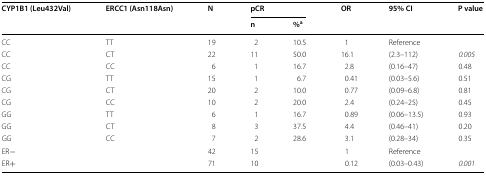
<table><thead><tr><td rowspan="2"><b>CYP1B1 (Leu432Val)</b></td><td rowspan="2"><b>ERCC1 (Asn118Asn)</b></td><td rowspan="2"><b>N</b></td><td colspan="2"><b>pCR</b></td><td rowspan="2"><b>OR</b></td><td rowspan="2"><b>95% CI</b></td><td rowspan="2"><b>P value</b></td></tr><tr><td><b>n</b></td><td><b>%<sup>a</sup></b></td></tr></thead><tbody><tr><td>CC</td><td>TT</td><td>19</td><td>2</td><td>10.5</td><td>1</td><td>Reference</td><td></td></tr><tr><td>CC</td><td>CT</td><td>22</td><td>11</td><td>50.0</td><td>16.1</td><td>(2.3–112)</td><td><i>0.005</i></td></tr><tr><td>CC</td><td>CC</td><td>6</td><td>1</td><td>16.7</td><td>2.8</td><td>(0.16–47)</td><td>0.48</td></tr><tr><td>CG</td><td>TT</td><td>15</td><td>1</td><td>6.7</td><td>0.41</td><td>(0.03–5.6)</td><td>0.51</td></tr><tr><td>CG</td><td>CT</td><td>20</td><td>2</td><td>10.0</td><td>0.77</td><td>(0.09–6.8)</td><td>0.81</td></tr><tr><td>CG</td><td>CC</td><td>10</td><td>2</td><td>20.0</td><td>2.4</td><td>(0.24–25)</td><td>0.45</td></tr><tr><td>GG</td><td>TT</td><td>6</td><td>1</td><td>16.7</td><td>0.89</td><td>(0.06–13.5)</td><td>0.93</td></tr><tr><td>GG</td><td>CT</td><td>8</td><td>3</td><td>37.5</td><td>4.4</td><td>(0.46–41)</td><td>0.20</td></tr><tr><td>GG</td><td>CC</td><td>7</td><td>2</td><td>28.6</td><td>3.1</td><td>(0.28–34)</td><td>0.35</td></tr><tr><td>ER−</td><td></td><td>42</td><td>15</td><td></td><td>1</td><td>Reference</td><td></td></tr><tr><td>ER+</td><td></td><td>71</td><td>10</td><td></td><td>0.12</td><td>(0.03–0.43)</td><td><i>0.001</i></td></tr></tbody></table>